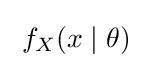
\;f_{X}(x\mid \theta )\;